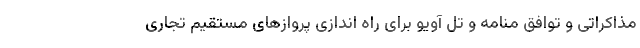
مذاکراتی و توافق منامه و تل آویو برای راه اندازی پروازهای مستقیم تجاری